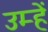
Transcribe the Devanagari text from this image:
उम्हें